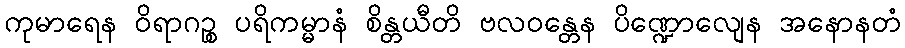
ကုမာရေန ဝိရာဂဉ္စ ပရိကမ္မာနံ စိန္တယီတိ ဗလဝန္တေန ပိဏ္ဍောလျေန အနောနတံ